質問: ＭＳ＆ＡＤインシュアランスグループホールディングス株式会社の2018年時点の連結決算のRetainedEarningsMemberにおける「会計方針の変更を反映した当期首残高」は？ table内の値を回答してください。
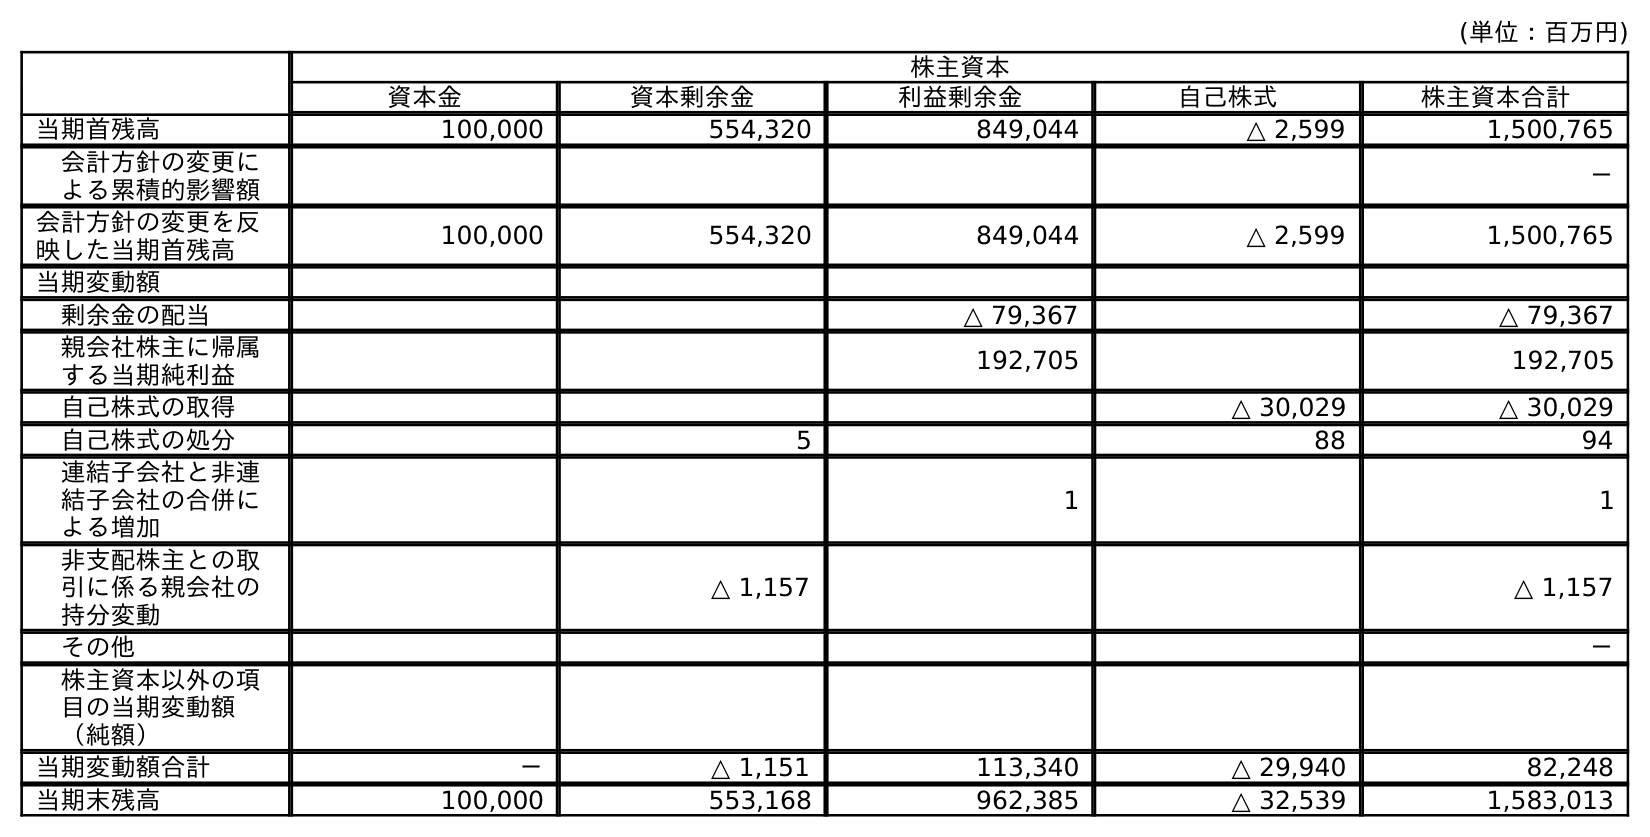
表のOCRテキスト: (単位：百万円) 株主資本 資本金 資本剰余金 利益剰余金 自己株式 株主資本合計 当期首残高 100,000 554,320 849,044 △ 2,599 1,500,765 会計方針の変更に よる累積的影響額 － 会計方針の変更を反 映した当期首残高 100,000 554,320 849,044 △ 2,599 1,500,765 当期変動額 剰余金の配当 △ 79,367 △ 79,367 親会社株主に帰属 する当期純利益 192,705 192,705 自己株式の取得 △ 30,029 △ 30,029 自己株式の処分 5 88 94 連結子会社と非連 結子会社の合併に よる増加 1 1 非支配株主との取 引に係る親会社の 持分変動 △ 1,157 △ 1,157 その他 － 株主資本以外の項 目の当期変動額 （純額） 当期変動額合計 － △ 1,151 113,340 △ 29,940 82,248 当期末残高 100,000 553,168 962,385 △ 32,539 1,583,013
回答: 849,044